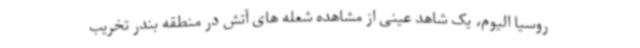
روسیا الیوم، یک شاهد عینی از مشاهده شعله های آتش در منطقه بندر تخریب